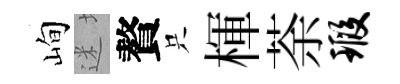
峋迷贅只楎荼瑕